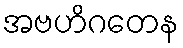
အဗဟိဂတေန